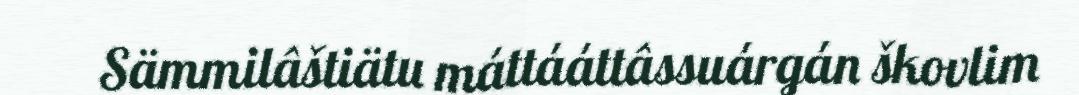
Sämmilâštiätu máttááttâssuárgán škovlim